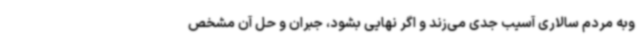
وبه مردم سالاری آسیب جدی می‌زند و اگر نهایی بشود، جبران و حل آن مشخص